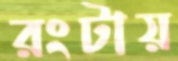
রংটায়